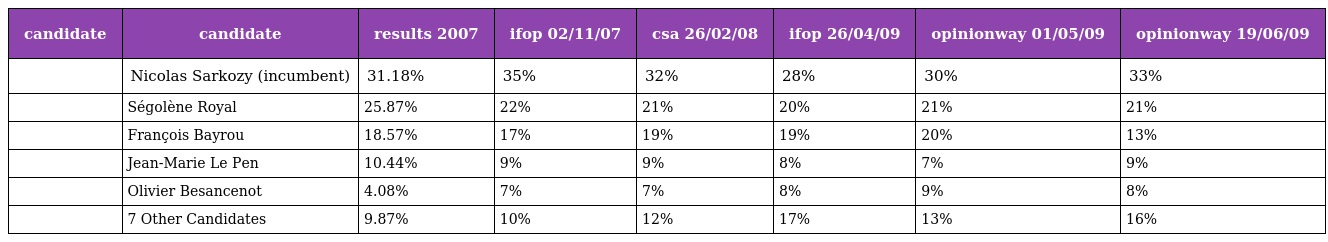
| candidate | candidate | results 2007 | ifop 02/11/07 | csa 26/02/08 | ifop 26/04/09 | opinionway 01/05/09 | opinionway 19/06/09 |
 | --- | --- | --- | --- | --- | --- | --- | --- |
 |  | Nicolas Sarkozy (incumbent) | 31.18% | 35% | 32% | 28% | 30% | 33% |
 |  | Ségolène Royal | 25.87% | 22% | 21% | 20% | 21% | 21% |
 |  | François Bayrou | 18.57% | 17% | 19% | 19% | 20% | 13% |
 |  | Jean-Marie Le Pen | 10.44% | 9% | 9% | 8% | 7% | 9% |
 |  | Olivier Besancenot | 4.08% | 7% | 7% | 8% | 9% | 8% |
 |  | 7 Other Candidates | 9.87% | 10% | 12% | 17% | 13% | 16% |